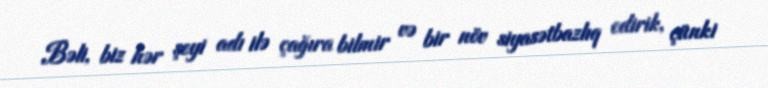
Bəli, biz hər şeyi adı ilə çağıra bilmir və bir növ siyasətbazlıq edirik, çünki